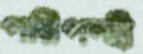
পরিপন্হী